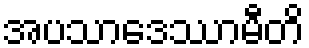
အပသာဒေဿာမီတိ